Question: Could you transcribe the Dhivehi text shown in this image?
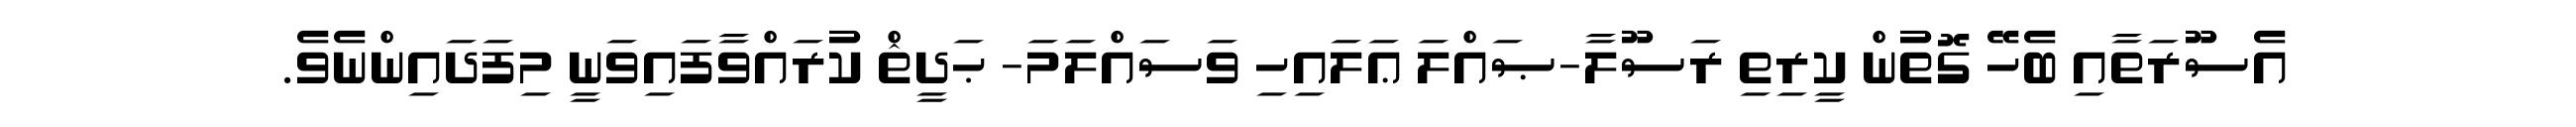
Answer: އެސޫރަތާއި ބެހޭ ގޮތުން ކީރިތި ރަސޫލާ-ޞައްލަ ޢަލައިހި ވަސައްލަމަ- ޙަދީޘް ކުރައްވާފައިވަނީ މިފަދައިންނެވެ.